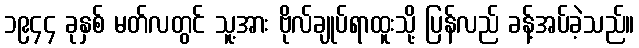
၁၉၄၄ ခုနှစ် မတ်လတွင် သူ့အား ဗိုလ်ချုပ်ရာထူးသို့ ပြန်လည် ခန့်အပ်ခဲ့သည်။